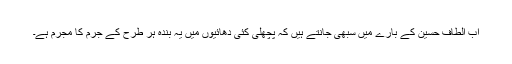
اب الطاف حسین کے بارے میں سبھی جانتے ہیں کہ پچھلی کئی دھائیوں میں یہ بندہ ہر طرح کے جرم کا مجرم ہے۔